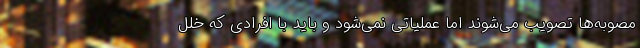
مصوبه‌ها تصویب می‌شوند اما عملیاتی نمی‌شود و باید با افرادی که خلل